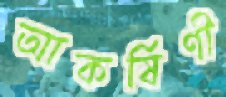
আকর্ষিণী